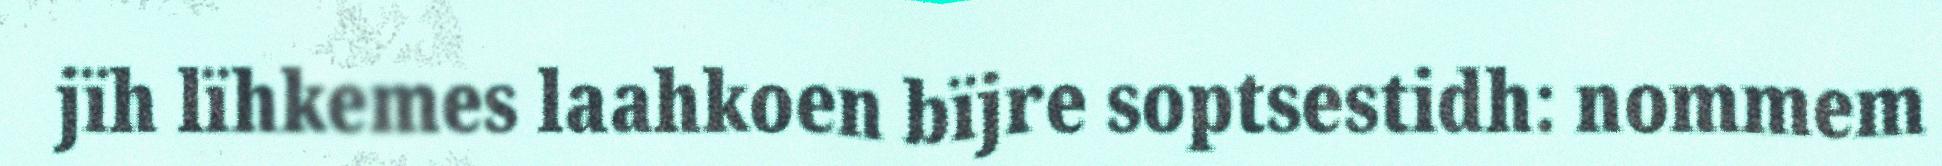
jïh lïhkemes laahkoen bïjre soptsestidh: nommem